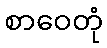
စာဝေတုံ